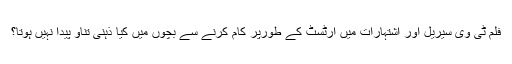
فلم ٹی وی سیریل اور اشتہارات میں آرٹسٹ کے طورپر کام کرنے سے بچوں میں کیا ذہنی تناؤ پیدا نہیں ہوتا؟